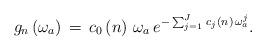
LaTeX: \begin{align*}g_{n}\left( \omega _{a}\right) \,=\,c_{0}\left( n\right) \,\omega_{a}\,e^{-\sum_{j=1}^{J}\,c_{j}\left( n\right) \,\omega _{a}^{j}}.\end{align*}